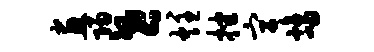
画归世炷挫宫鸪